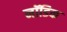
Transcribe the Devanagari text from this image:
नॉडिक